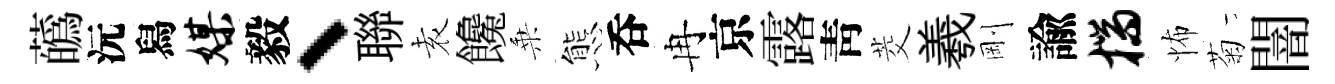
蘤沅舄媒毅、聯𡊮饞乗態呑冉京露靑茭羲剛諭揣怖菊闇